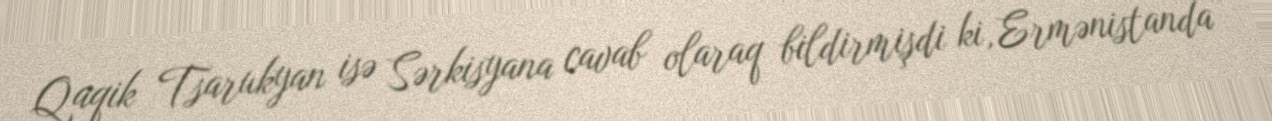
Qaqik Tsarukyan isə Sərkisyana cavab olaraq bildirmişdi ki, Ermənistanda